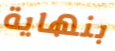
بنهاية